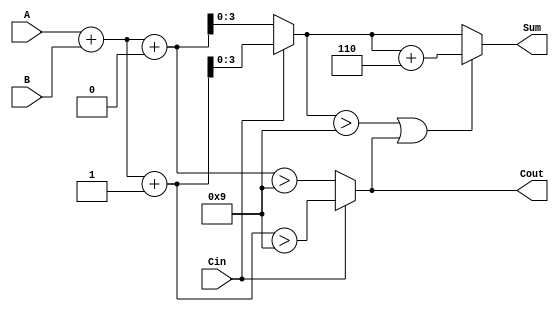
module BCD_MCSA (
    input  [3:0] A,       // First BCD digit
    input  [3:0] B,       // Second BCD digit
    input        Cin,      // Carry-in
    output reg [3:0] Sum,  // 4-bit sum output
    output reg Cout        // Carry-out
);

    // Intermediate signals for sums and carries
    wire [4:0] S0;        // Sum when Cin = 0
    wire [4:0] S1;        // Sum when Cin = 1
    wire C0, C1;          // Carry-out signals for both scenarios

    // Calculate preliminary sums and carry generation
    assign S0 = {1'b0, A} + {1'b0, B} + 1'b0;    // S0 = A + B + 0
    assign S1 = {1'b0, A} + {1'b0, B} + 1'b1;    // S1 = A + B + 1
    assign C0 = S0 > 4'd9;                        // C0 = (A + B) > 9
    assign C1 = S1 > 4'd9;                        // C1 = (A + B + 1) > 9

    always @(*) begin
        // Select the appropriate sum and carry based on Cin
        if (Cin == 1'b0) begin
            Sum = S0[3:0];  // Select S0
            Cout = C0;      // Select C0
        end else begin
            Sum = S1[3:0];  // Select S1
            Cout = C1;      // Select C1
        end

        // Apply BCD correction if necessary
        if (Sum > 4'd9 || Cout) begin
            Sum = Sum + 4'd6;  // Add 6 if the sum exceeds 9 or there was a carry
        end
    end

endmodule